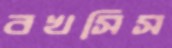
বখসিস